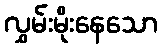
လွှမ်းမိုးနေသော